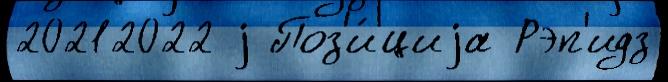
20212022 j Поз'и́циjа Рэп'идз